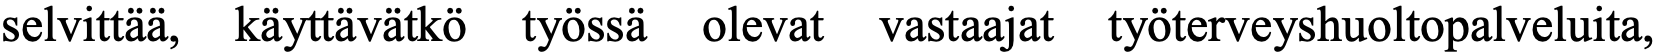
selvittää, käyttävätkö työssä olevat vastaajat työterveyshuoltopalveluita,